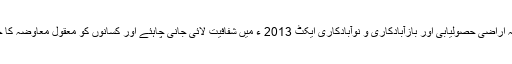
انہوں نے کہا کہ اراضی حصولیابی اور بازآبادکاری و نوآبادکاری ایکٹ 2013 ء میں شفافیت لائی جانی چاہئے اور کسانوں کو معقول معاوضہ کا حق ملنا چاہئے ۔